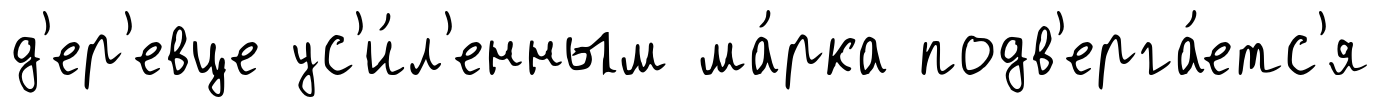
д'ер'евце ус'и́л'енным ма́рка подв'ерга́етс'я